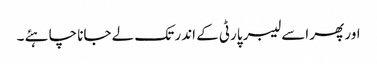
اور پھر اسے لیبر پارٹی کے اندر تک لے جانا چاہئے ۔